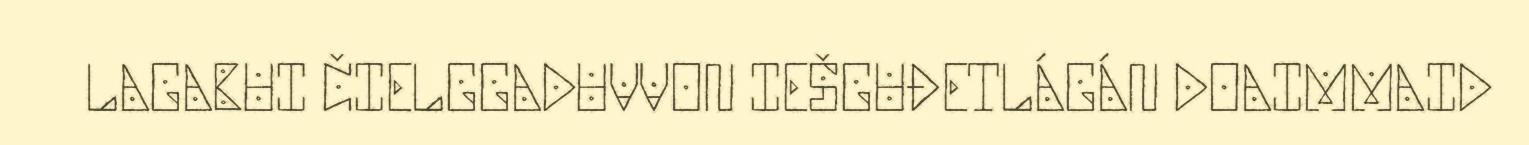
LAGABUI ČIELGGADUVVON IEŠGUĐETLÁGÁN DOAIMMAID